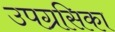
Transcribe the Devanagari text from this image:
उपग्रसिका